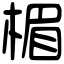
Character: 楣